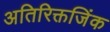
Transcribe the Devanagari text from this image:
अतिरिक्तजिंक